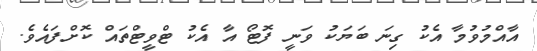
އާއްމުވުމާ އެކު ގިނަ ބަޔަކު ވަނީ ފޮޓޯ އާ އެކު ޓްވީޓްތައް ކޮށްފައެވެ.